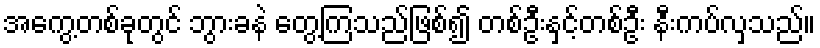
အကွေ့တစ်ခုတွင် ဘွားခနဲ တွေ့ကြသည်ဖြစ်၍ တစ်ဦးနှင့်တစ်ဦး နီးကပ်လှသည်။